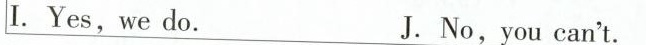
I .Yes,we do. J. No,you can't.